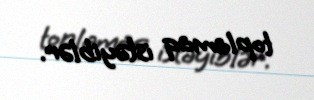
toplamaq istəyiblər.